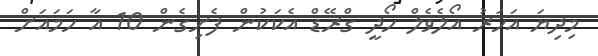
މިދިޔަ އަހަރު އޯލެވެލް ހޯދީ ގްރޭޑް އެކަކުން ފެށިގެން 10 އާ ހަމައަށް